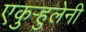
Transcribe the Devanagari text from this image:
एकुर्‍हुलेनी